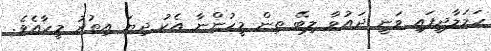
ހަމަލާދީފައި ވަނީ ދައުވާ ލިބޭ ތިން މީހުންނާ އެކު ދިޔަ އިތުރު މީހާއެވެ.